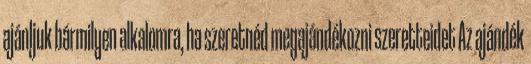
ajánljuk bármilyen alkalomra, ha szeretnéd megajándékozni szeretteidet Az ajándék